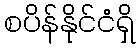
စပိန်နိုင်ငံရှိ